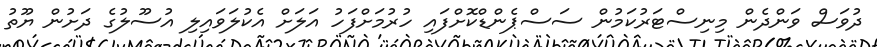
ދުވަސް ވަންދެން މިނިސްޓަރުކަމުން ސަސްޕެންޑްކޮށްފައި ހުރުމަށްފަހު އަލަށް އެކުލަވައިލި އުސޫލުގެ ދަށުން ޔޫތު